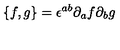
\{ f , g \} = \epsilon ^ { a b } \partial _ { a } f \partial _ { b } g